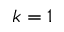
k = 1